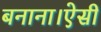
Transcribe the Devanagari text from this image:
बनाना।ऐसी